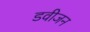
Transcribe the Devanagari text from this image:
डवीजन